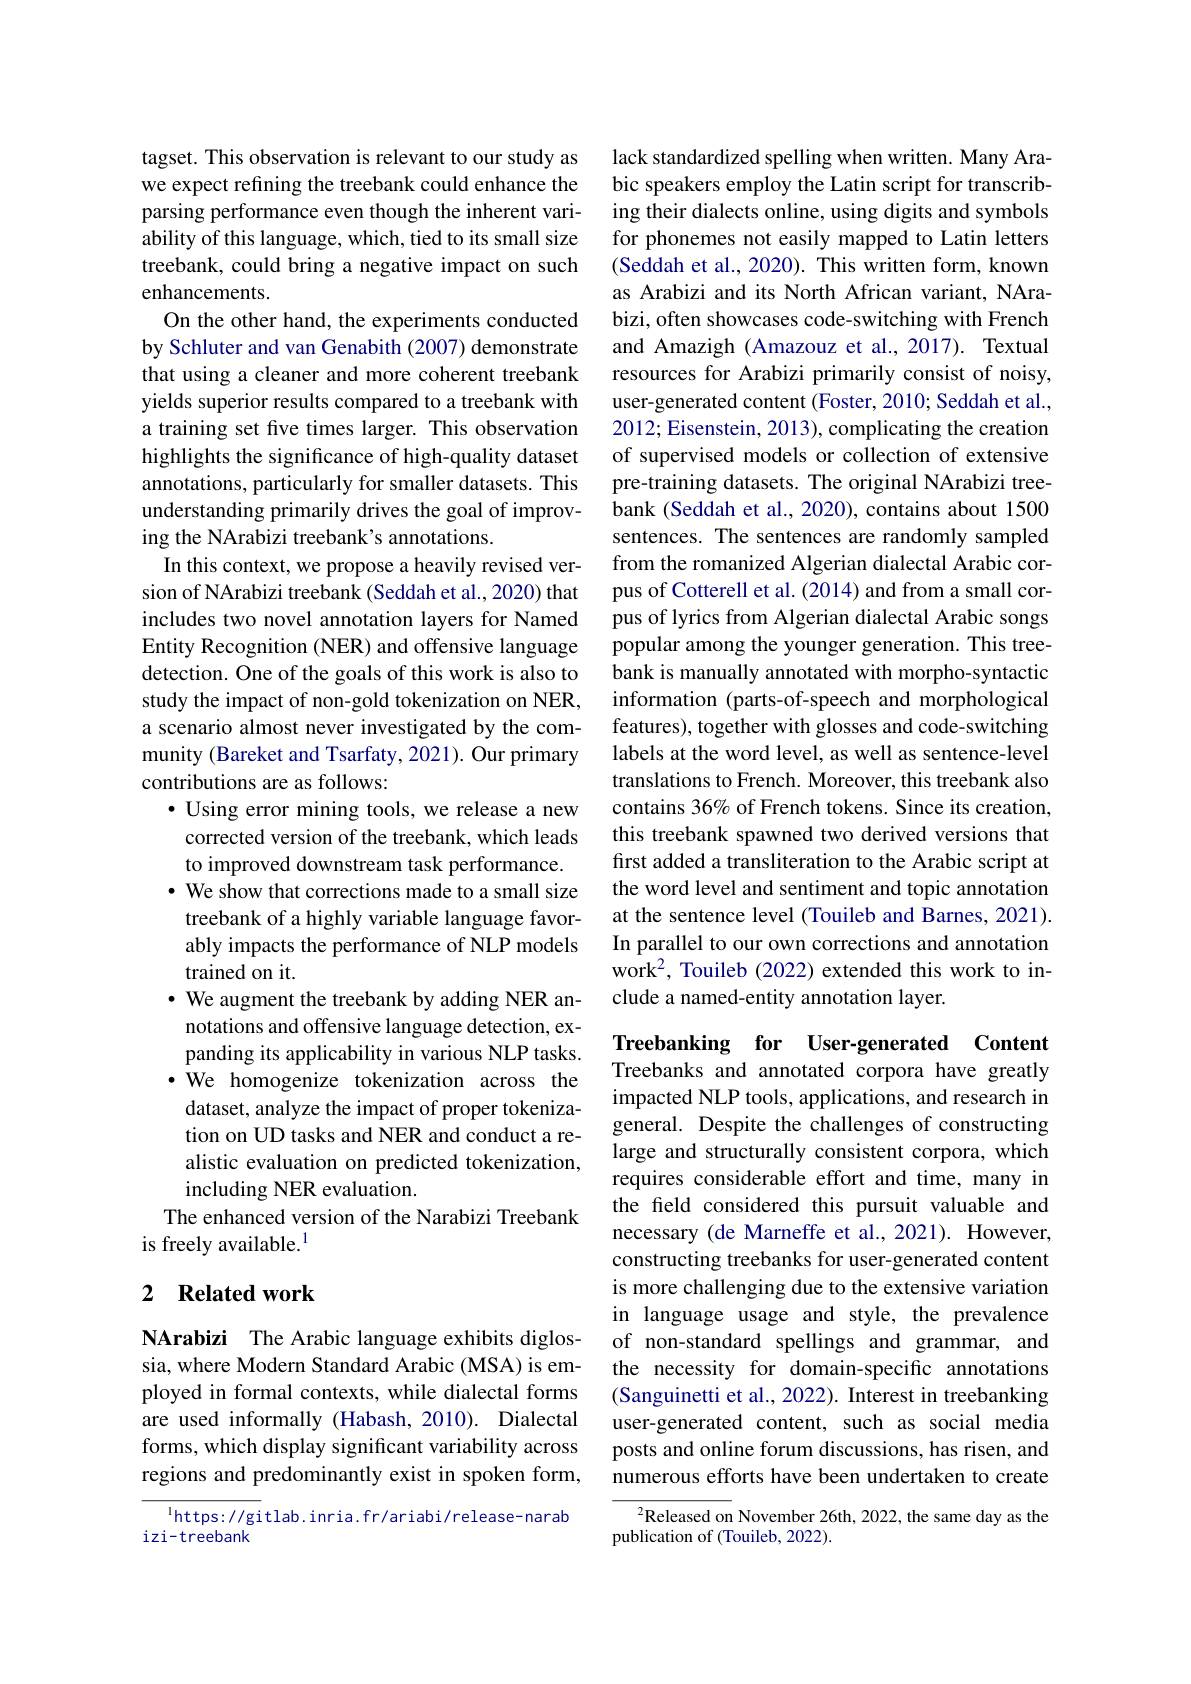
tagset. This observation is relevant to our study as we expect refining the treebank could enhance the parsing performance even though the inherent variability of this language, which, tied to its small size treebank, could bring a negative impact on such enhancements.
On the other hand, the experiments conducted by Schluter and van Genabith (2007) demonstrate that using a cleaner and more coherent treebank yields superior results compared to a treebank with a training set five times larger. This observation highlights the significance of high-quality dataset annotations, particularly for smaller datasets. This understanding primarily drives the goal of improving the NArabizi treebank's annotations.
In this context, we propose a heavily revised version of NArabizi treebank (Seddah et al., 2020) that includes two novel annotation layers for Named Entity Recognition (NER) and offensive language detection. One of the goals of this work is also to study the impact of non-gold tokenization on NER, a scenario almost never investigated by the community (Bareket and Tsarfaty, 2021). Our primary contributions are as follows:
$\bullet$ Using error mining tools, we release a new corrected version of the treebank, which leads to improved downstream task performance. · We show that corrections made to a small size treebank of a highly variable language favorably impacts the performance of NLP models trained on it.
$\cdot$ We augment the treebank by adding NER annotations and offensive language detection, expanding its applicability in various NLP tasks. ·We homogenize tokenization across the dataset, analyze the impact of proper tokenization on UD tasks and NER and conduct a realistic evaluation on predicted tokenization, including NER evaluation.
The enhanced version of the Narabizi Treebank
is freely available.$^{1}$

### 2 $\textbf{Related work}$

NArabizi The Arabic language exhibits diglossia, where Modern Standard Arabic (MSA) is employed in formal contexts, while dialectal forms are used informally (Habash, 2010). Dialectal forms, which display significant variability across regions and predominantly exist in spoken form,

$^{\mathrm{l}}$https://gitlab.inria.fr/ariabi/release-narab
izi-treebank

lack standardized spelling when written. Many Arabic speakers employ the Latin script for transcribing their dialects online, using digits and symbols for phonemes not easily mapped to Latin letters (Seddah et al., 2020). This written form, known as Arabizi and its North African variant, NArabizi, often showcases code-switching with French and Amazigh (Amazouz et al., 2017). Textual resources for Arabizi primarily consist of noisy, user-generated content (Foster, 2010; Seddah et al., 2012; Eisenstein, 2013), complicating the creation of supervised models or collection of extensive pre-training datasets. The original NArabizi treebank (Seddah et al., 2020), contains about 1500 sentences. The sentences are randomly sampled from the romanized Algerian dialectal Arabic corpus of Cotterell et al. (2014) and from a small corpus of lyrics from Algerian dialectal Arabic songs popular among the younger generation. This treebank is manually annotated with morpho-syntactic information (parts-of-speech and morphological features), together with glosses and code-switching labels at the word level, as well as sentence-level translations to French. Moreover, this treebank also contains 36% of French tokens. Since its creation, this treebank spawned two derived versions that first added a transliteration to the Arabic script at the word level and sentiment and topic annotation at the sentence level (Touileb and Barnes, 2021). In parallel to our own corrections and annotation work$^{2}$, Touileb(2022) extended this work to include a named-entity annotation layer.

Treebanking for User-generated Content Treebanks and annotated corpora have greatly impacted NLP tools, applications, and research in general. Despite the challenges of constructing large and structurally consistent corpora, which requires considerable effort and time, many in the field considered this pursuit valuable and necessary (de Marneffe et al.,2021). However, constructing treebanks for user-generated content is more challenging due to the extensive variation in language usage and style, the prevalence of non-standard spellings and grammar, and the necessity for domain-specific annotations (Sanguinetti et al., 2022). Interest in treebanking user-generated content, such as social media posts and online forum discussions, has risen, and numerous efforts have been undertaken to create

$^2$Released on November 26th, 2022, the same day as the
publication of (Touileb, 2022).